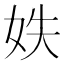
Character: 妷